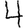
Digit: 4